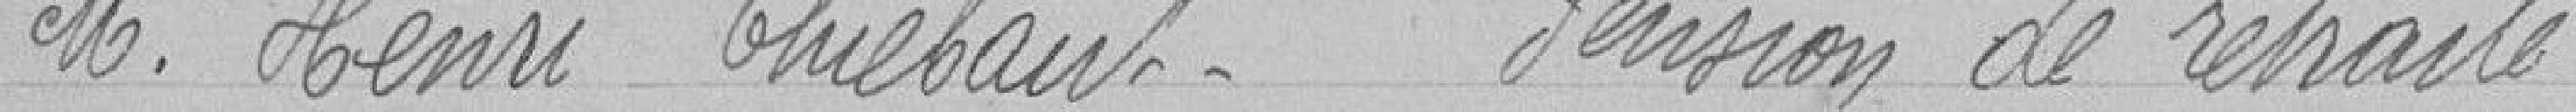
Monsieur Henri Thibaut. Pensions de retraite.